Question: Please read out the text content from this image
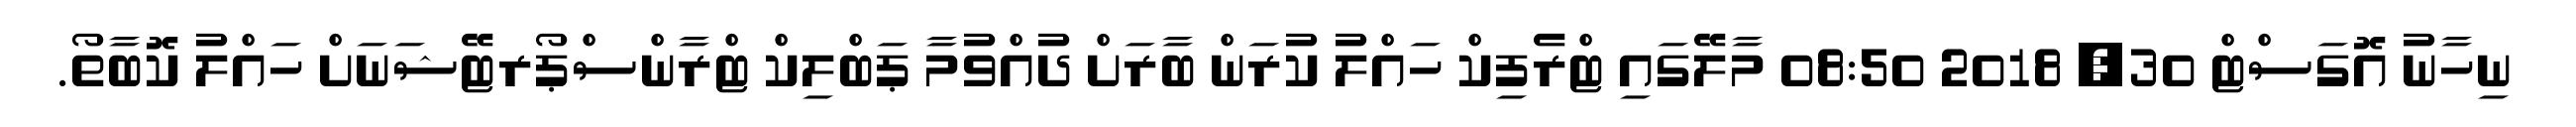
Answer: ނިހާނު އޮގަސްޓް 30, 2018 08:50 މާލޭގައި ޓްރެފިކް ހައްލު ކުރަން ބާރަށް ދުއްވުމާ ޕަބްލިކް ޓްރާންސްޕޯރޓޭޝަނަށް ހައްލު ކޮބާތޯ.